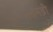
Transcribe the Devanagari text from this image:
सतमढ़ी